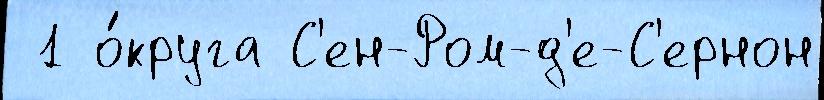
 1 о́круга С'ен-Ром-д'е-С'ернон